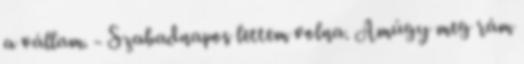
a vállam. - Szabadnapos lettem volna. Amúgy meg rám